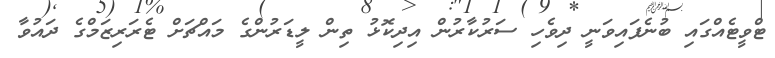
ޓްވީޓެއްގައި ބުނެފައިވަނީ ދިވެހި ސަރުކާރުން އިދިކޮޅު ތިން ލީޑަރުންގެ މައްޗަށް ޓެރަރިޒަމްގެ ދައުވާ